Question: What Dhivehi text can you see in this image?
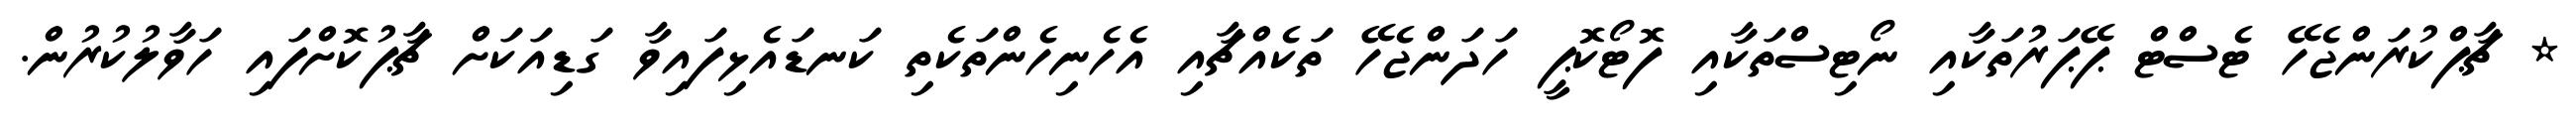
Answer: * ޗާޕްކުރަންޖެހޭ ޓެސްޓް ޕޭޕަރުތަކާއި ނޯޓިސްތަކާއި ފޮޓޯކޮޕީ ހަދަންޖެހޭ ތަކެއްޗާއި އެހެނިހެންތަކެތި ކަނޑައެޅިފައިވާ ގަޑިއަކަށް ޗާޕުކޮށްފައި ހަވާލުކުރުން.